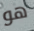
هو